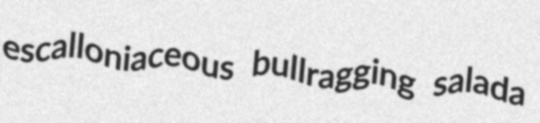
escalloniaceous bullragging salada